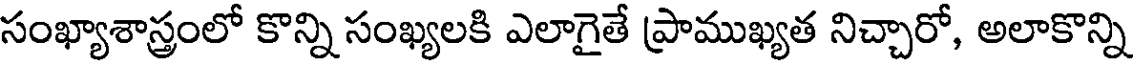
సంఖ్యాశాస్త్రంలో కొన్ని సంఖ్యలకి ఎలాగైతే ప్రాముఖ్యత నిచ్చారో, అలాకొన్ని